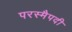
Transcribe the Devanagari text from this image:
परस्मैपदी